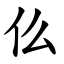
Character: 仫